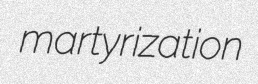
martyrization